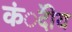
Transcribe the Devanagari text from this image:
कंेदीय